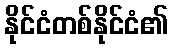
နိုင်ငံတစ်နိုင်ငံ၏